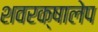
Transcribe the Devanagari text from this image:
शवरक्षालेप